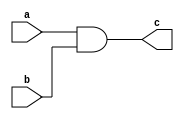
module testmodule (a,b,c);

input [31:0] a;
input [31:0] b;
output [31:0] c;

assign c = a & b;

endmodule